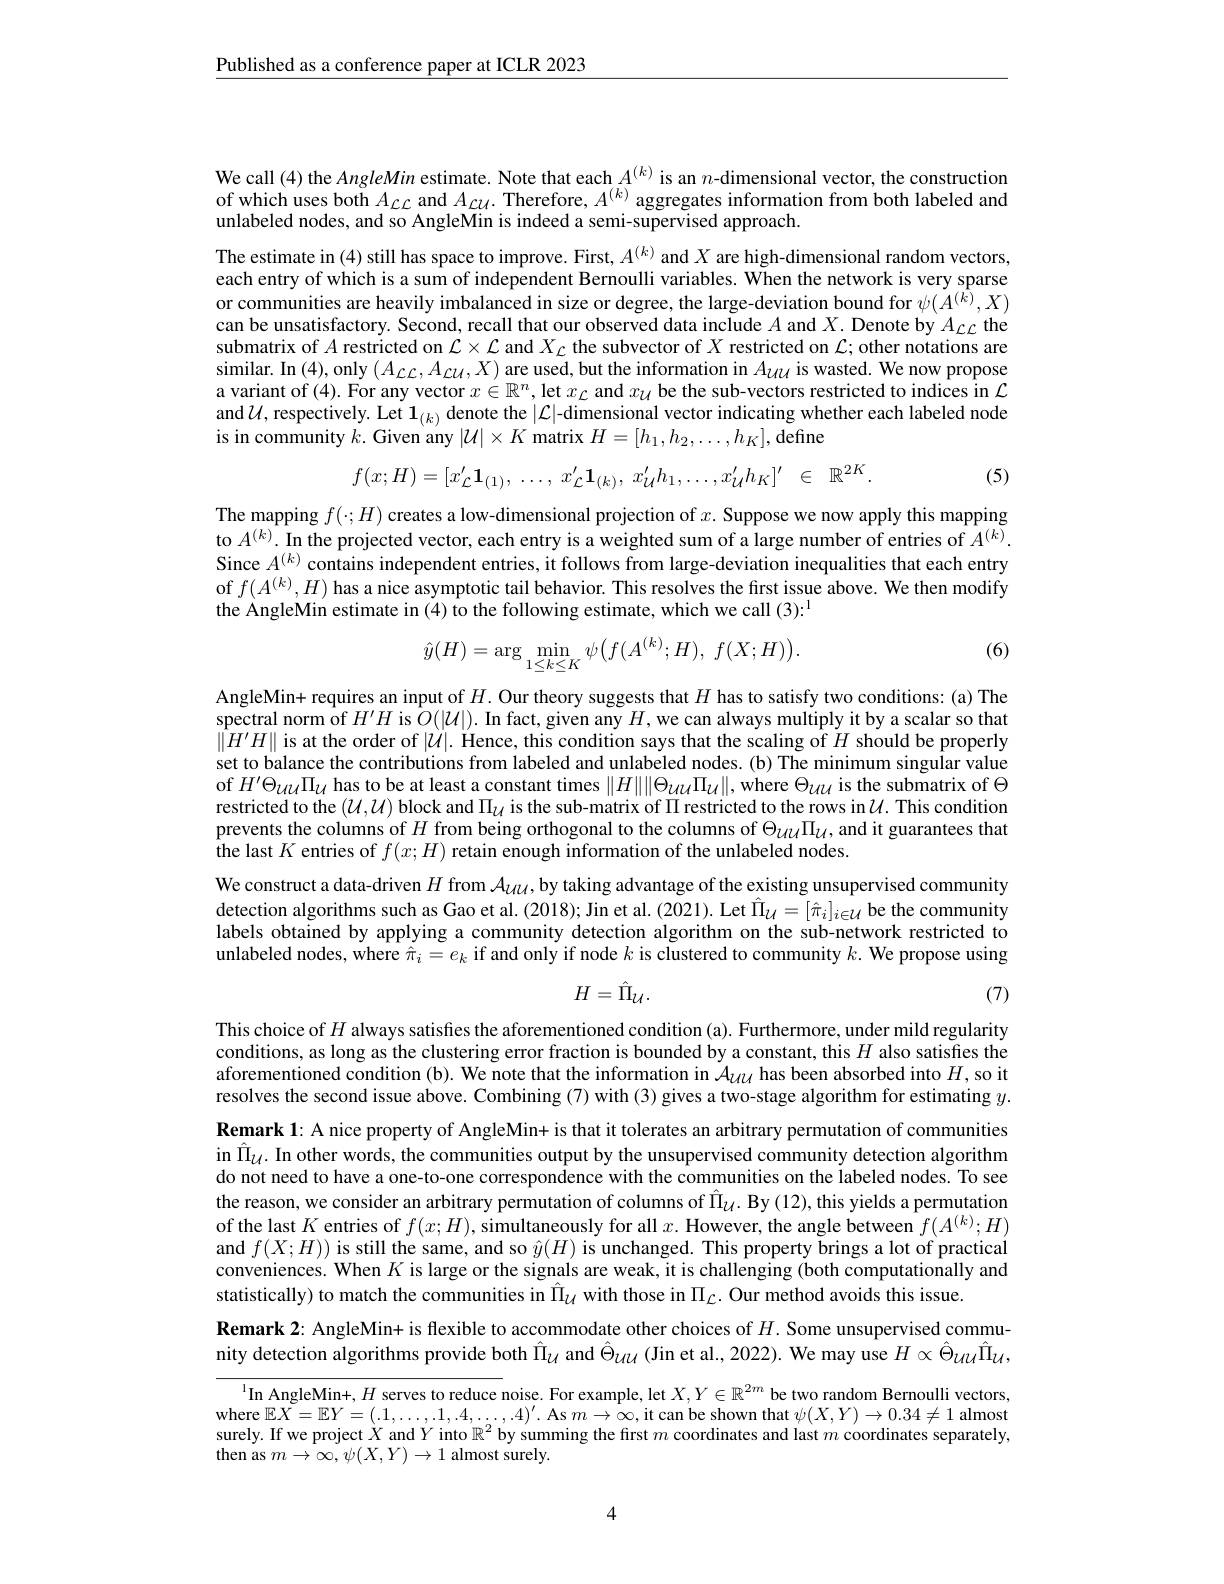
$\underline{\text{Published as a conference paper at ICLR 2023}}$

We call (4) the AngleMin estimate. Note that each $A^{(k)}$ is an $n$-dimensional vector, the construction of which uses both $A_{\mathcal{L}\mathcal{L}}$ and $A_{\mathcal{L}\mathcal{U}}.$ Therefore, $A^{(k)}$ aggregates information from both labeled and unlabeled nodes, and so AngleMin is indeed a semi-supervised approach.

The estimate in (4) still has space to improve. First, $A^{(k)}$ and $X$ are high-dimensional random vectors, each entry of which is a sum of independent Bernoulli variables. When the network is very sparse or communities are heavily imbalanced in size or degree, the large-deviation bound for $\psi(\tilde{A}^{(k)},X)$ can be unsatisfactory. Second, recall that our observed data include $A$ and $X.$ Denote by $A_{LC}$ the submatrix of $A$ restricted on $\mathcal{L}\times\mathcal{L}$ and $X_\mathcal{L}$ the subvector of $X$ restricted on $\mathcal{L};$ other notations are similar. In (4),only $(A_{\mathcal{L}\mathcal{L}},A_{\mathcal{L}\mathcal{U}},X)$ are used, but the information in $A_{\mathcal{U}\mathcal{U}}$ is wasted. We now propose a variant of (4). For any vector $x\in\mathbb{R}^n$, let $x_\mathcal{L}$ and $x_\mathcal{U}$ be the sub-vectors restricted to indices in $\mathcal{L}$ and$\mathcal{U}$,respectively. Let $\mathbf{1}_(k)$ denote the $|\mathcal{L}|$-dimensional vector indicating whether each labeled node is in community $k.$ Given any $|\mathcal{U}|\times K$ matrix $H=[h_1,h_2,\ldots,h_K]$,define
$$f(x;H)=[x_{\mathcal{L}}^{\prime}\mathbf{1}_{(1)},\:\ldots,\:x_{\mathcal{L}}^{\prime}\mathbf{1}_{(k)},\:x_{\mathcal{U}}^{\prime}h_{1},\ldots,x_{\mathcal{U}}^{\prime}h_{K}]^{\prime}\:\in\:\mathbb{R}^{2K}.$$
(5)

The mapping $f(\cdot;H)$ creates a low-dimensional projection of $x.$ Suppose we now apply this mapping $\begin{array}{l}\text{to }A^{(k)}.\text{ In the projected vector, each entry is a weighted sum of a large number of entries of }A^{(k)}.\\\text{Since }A^{(k)}\text{ contains independent entries, it follows from large-deviation inequalities that each entry}\end{array}$ of $f(A^{(k)},H)$ has a nice asymptotic tail behavior. This resolves the first issue above. We then modify the AngleMin estimate in (4) to the following estimate, which we call (3):
$$\hat{y}(H)=\arg\min_{1\leq k\leq K}\psi\big(f(A^{(k)};H),\:f(X;H)\big).$$
(6)

AngleMin+ requires an input of $H.$ Our theory suggests that $H$ has to satisfy two conditions: (a) The spectral norm $\hat{\text{of }H}^{\prime}H$ is $\hat{O}(|\mathcal{U}|).$ In fact, given any $H$,we can always multiply it by a scalar so that $\|\hat{H}^{\prime}H\|$ is at the order of $|\mathcal{U}|.$ Hence, this condition says that the scaling of $\tilde{H}$ should be properly set to balance the contributions from labeled and unlabeled nodes. (b) The minimum singular value of $H^{\prime}\Theta_{UU}\Pi_{\mathcal{U}}$ has to be at least a constant times $\|H\|\|\Theta_{\mathcal{U}\mathcal{U}}\Pi_{\mathcal{U}}\|$, where $\Theta_{\mathcal{U}\mathcal{U}}$ is the submatrix of $\Theta$ restricted to the $(\mathcal{U},\mathcal{U})$ block and $\Pi_{\mathcal{U}}$ is the sub-matrix of $\Pi$ restricted to the rows in$\mathcal{U}.$ This condition prevents the columns of $H$ from being orthogonal to the columns of $\Theta_{\mathcal{U}\mathcal{U}}\Pi_{\mathcal{U}}$, and it guarantees that ${\text{ithe last }K\text{ entries of }f(x;H)\text{ retain enough information of the unlabeled nodes.}}$
We construct a data-driven $H$ from $\mathcal{A}_{\mathcal{U}\mathcal{U}}$, by taking advantage of the existing unsupervised community detection algorithms such as Gao et al. (2018); Jin et al. (2021). Let $\hat{\Pi}_{\mathcal{U}}=[\hat{\pi}_{i}]_{i\in\mathcal{U}}$ be the community labels obtained by applying a community detection algorithm on the sub-network restricted to unlabeled nodes, where $\hat{\pi}_i=e_k$ if and only if node $k$ is clustered to community $k.$ We propose using
$$H=\hat{\Pi}_{\mathcal{U}}.$$
(7)

This choice of $H$ always satisfies the aforementioned condition (a). Furthermore, under mild regularity conditions, as long as the clustering error fraction is bounded by a constant, this $H$ also satisfies the aforementioned condition (b). We note that the information in $\mathcal{A}_{UU}$ has been absorbed into $H$,so it resolves the second issue above. Combining (7) with (3) gives a two-stage algorithm for estimating $y.$

$\textbf{Remark 1: A nice property of AngleMin+ is that it tolerates an arbitrary permutation of communities}$ in $\hat{\Pi } _{\mathcal{U} }$. In other words, the communities output by the unsupervised community detection algorithm do not need to have a one-to-one correspondence with the communities on the labeled nodes. To see the reason, we consider an arbitrary permutation of columns of $\hat{\Pi}_{\mathcal{U}}.$ By (12), this yields a permutation of the last $K$ entries of $f(x;H)$, simultaneously for all $x.$ However, the angle between $f(A^{(k)};H)$ and $f(X;H))$ is still the same, and so $\hat{y}(H)$ is unchanged. This property brings a lot of practical conveniences. When $K$ is large or the signals are weak, it is challenging (both computationally and statistically) to match the communities in $\hat{\Pi}_{\mathcal{U}}$ with those in $\Pi_{\mathcal{L}}.$ Our method avoids this issue

Remark 2: AngleMin+ is flexible to accommodate other choices of $H.$ Some unsupervised community detection algorithms provide both Î$\hat{\Pi}_\mathrm{U}$ and $\hat{\Theta}_\mathrm{UU}$ (Jin et al., 2022). We may use $H\propto\hat{\Theta}_\mathrm{UU}\hat{\Pi}_\mathrm{U}$,

$^{1}$In AngleMin+, $H$ serves to reduce noise. For example, let $X,Y\in\mathbb{R}^{2m}$ be two random Bernoulli vectors, where $\mathbb{E}X=\mathbb{E}Y=(.1,\ldots,1,.4,\ldots,.4)^{\prime}.$ As $m\to\infty$,it can be shown that $\psi(X,Y)\to0.34\neq1$ almost surely. If we project $X$ and $Y$ into $\mathbb{R}^2$ by summing the first $m$ coordinates and last $m$ coordinates separately, ${\mathrm{then~as~}}m\to\infty,\psi(X,Y)\to1{\mathrm{~almost~surely}}.$

4